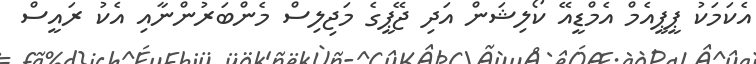
އެކަމަކު ޕީޕީއެމް އެމްޑީއޭ ކޯލިޝަން އަދި ޖޭޕީގެ މަޖިލިސް މެންބަރުންނާއި އެކު ރައީސް